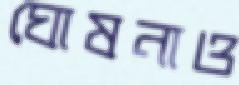
ঘোষনাও